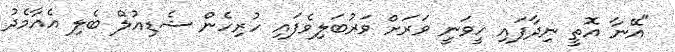
"އޭނާ އޮތީ ނިދާފައި ހީވަނީ ވަރަށް ވަރުބަލިވެފައި ހުރިހެން ޝެޑިއުލް ބެލި އެއާމެދު